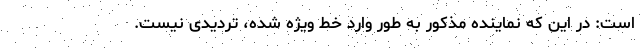
است: در این که نماینده مذکور به طور وارد خط ویژه شده، تردیدی نیست.